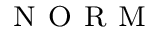
_ { \mathrm { ~ N ~ O ~ R ~ M ~ } }